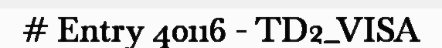
# Entry 40116 - TD2_VISA